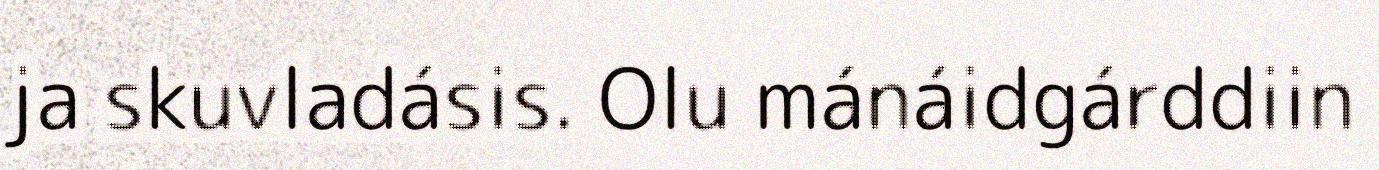
ja skuvladásis. Olu mánáidgárddiin